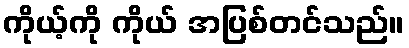
ကိုယ့်ကို ကိုယ် အပြစ်တင်သည်။